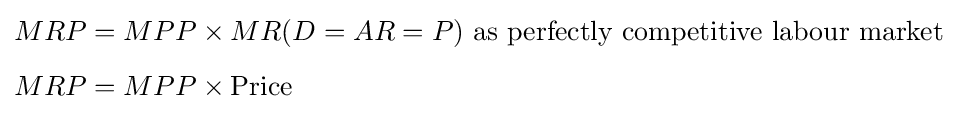
{\begin{aligned}MRP&=MPP\times MR(D=AR=P){\text{ as perfectly competitive labour market}}\\[5pt]MRP&=MPP\times {\text{Price}}\end{aligned}}